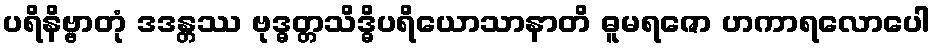
ပရိနိဗ္ဗာတုံ ဒဒန္တဿ ဗုဒ္ဓတ္တသိဒ္ဓိပရိယောသာနာတိ ဓူမရဇော ဟကာရလောပေါ